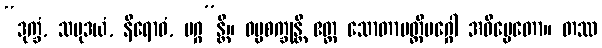
“ဒုက္ခံ, သမုဒယံ, နိရောဓံ, မဂ္ဂ”န္တိ။ ဓမ္မစက္ခုန္တိ ဧတ္ထ သောတာပတ္တိမဂ္ဂေါ အဓိပ္ပေတော။ တဿ